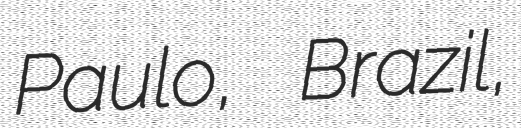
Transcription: Paulo, Brazil,